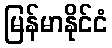
မြန်မာနိုင်ငံ